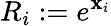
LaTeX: R_{i}:=e^{\mathbf{x}_{i}}